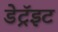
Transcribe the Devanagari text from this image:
डेट्रॅइट